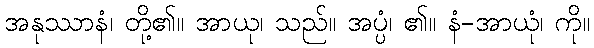
အနုဿာနံ၊ တို့၏။ အာယု၊ သည်။ အပ္ပံ၊ ၏။ နံ-အာယုံ၊ ကို။